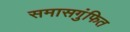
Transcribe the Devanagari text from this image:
समासगुंफित